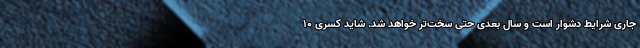
جاری شرایط دشوار است و سال بعدی حتی سخت‌تر خواهد شد. شاید کسری ۱۰